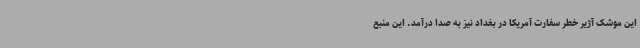
این موشک آژیر خطر سفارت آمریکا در بغداد نیز به صدا درآمد. این منبع